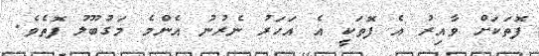
ފޮތަކަށް ވާއިރު އެ ފޮތަކީ އެ އަހަރު ނެރުނު އެންމެ މަގުބޫލު ފޮތެވެ.